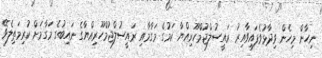
ނިހާން މިހެން ވިދާޅުވެފައިވާއިރު ރައީސުލްޖުމްހޫރިއްޔާ ކަމުގެ މަގާމާއި ރައީސުލްޖުމްހޫރިއްޔާގެ ނައިބުގެ މަގާމަށް ކުރިމަތިލެވޭ